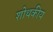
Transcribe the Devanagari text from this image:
शोथकीय